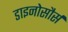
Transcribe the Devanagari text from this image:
डाइनोसौर्स